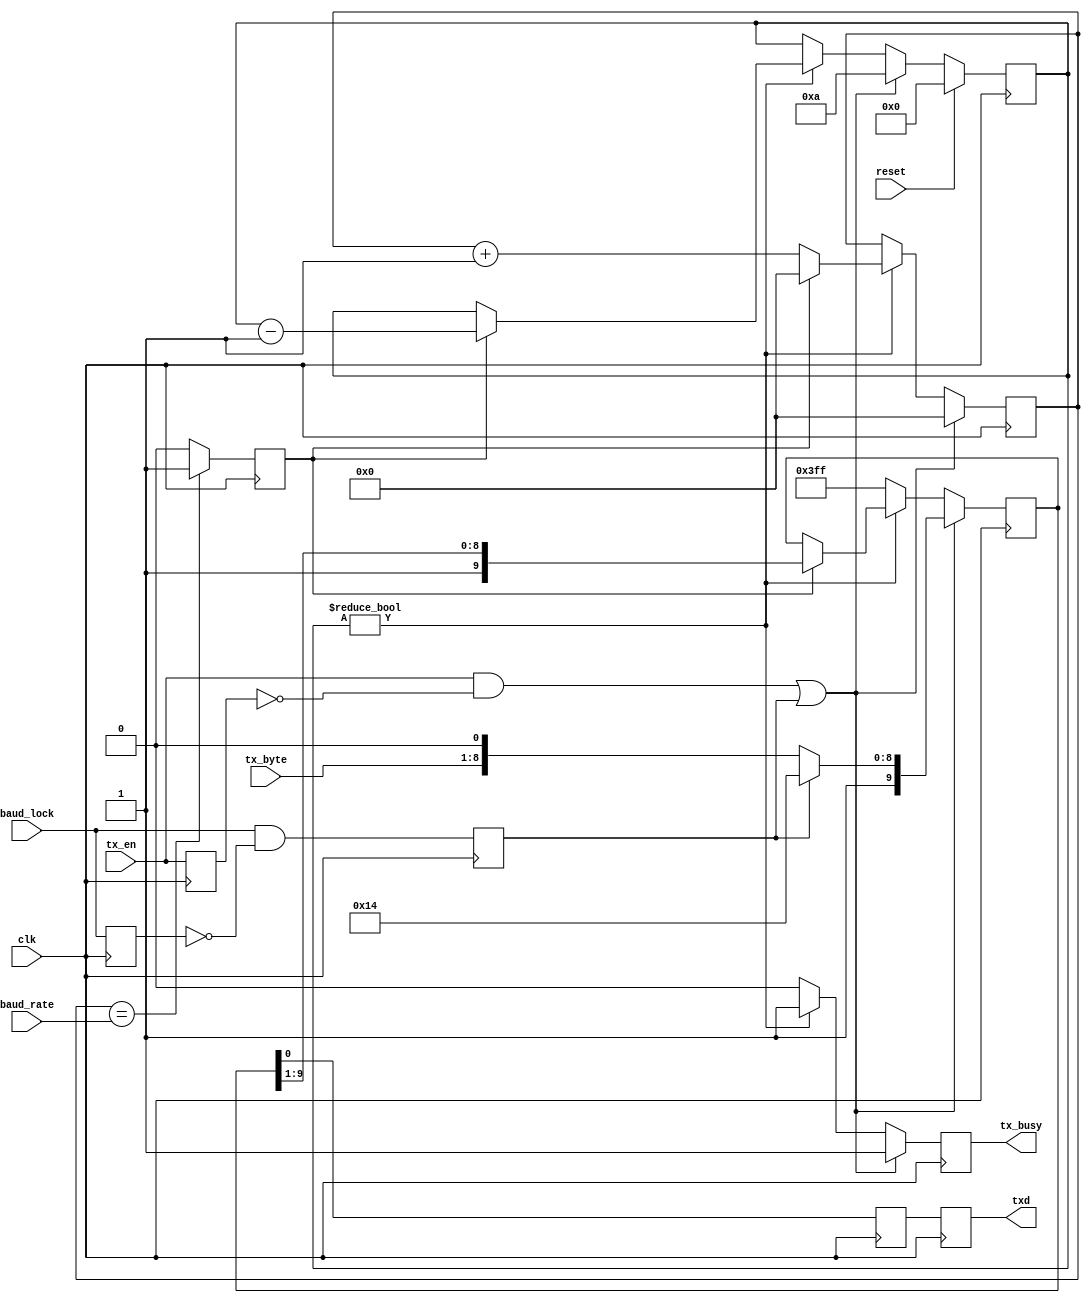
/* ****************************************************************************
-- (C) Copyright 2015 Black Mesa Labs
-- Source file: mesa_tx_uart.v                
-- Date:        June 1, 2015   
-- Author:      khubbard
-- Description: TX only 1/2 of UART for transmitting Wo bytes.
-- Language:    Verilog-2001 
--
-- RXD    \START/<D0><D1><D2><..><D7>/STOP
-- Design Statistics after Packing
-- en_clr_lock = 1;
--    Number of LUTs  : 190 / 384
--    Number of DFFs  : 110 / 384
--
-- Revision History:
-- Ver#  When      Who      What
-- ----  --------  -------- ---------------------------------------------------
-- 0.1   06.01.15  khubbard Creation
-- ***************************************************************************/
//`default_nettype none // Strictly enforce all nets to be declared
                                                                                
module mesa_tx_uart
(
  input  wire         reset,
  input  wire         clk,
  input  wire [7:0]   tx_byte,
  input  wire         tx_en,
  output reg          tx_busy,
  output reg          txd,
  input  wire         baud_lock,
  input  wire [15:0]  baud_rate
); // module mesa_tx_uart


  reg  [15:0]   tx_cnt_16b;
  reg  [3:0]    tx_bit_cnt;
  reg  [9:0]    tx_sr;
  reg           txd_loc;
  reg           tx_shift;
  reg           tx_now;
  reg           tx_en_p1;
  reg           baud_lock_p1;
  reg           send_lf;


//-----------------------------------------------------------------------------
// TX : Load 8bits into 10bit SR and shift out at the RX baud rate    
//-----------------------------------------------------------------------------
always @ ( posedge clk ) begin : proc_tx 
 begin
  tx_shift     <= 0;
  tx_busy      <= 0;
  txd          <= txd_loc;
  txd_loc      <= tx_sr[0];
  tx_now       <= 0;
  tx_en_p1     <= tx_en;
  baud_lock_p1 <= baud_lock;   
  send_lf      <= baud_lock & ~ baud_lock_p1;

  // Load a new Byte to send
  if ( ( tx_en == 1 && tx_en_p1 == 0 ) || ( send_lf == 1 )  ) begin
    tx_bit_cnt <= 4'd10;
    tx_cnt_16b <= 16'h0000;
    tx_busy    <= 1;
    tx_shift   <= 1;
    tx_sr[9:0] <= { 1'b1, tx_byte[7:0], 1'b0 };
    if ( send_lf == 1 ) begin
      tx_sr[9:0] <= { 1'b1, 8'h0A , 1'b0 };// Used for autobauding next node
    end 

  // Shift and send the byte until bit_cnt goes to 0
  end else if ( tx_bit_cnt != 4'd0 ) begin
    tx_cnt_16b <= tx_cnt_16b + 1;
    tx_busy    <= 1;
    if ( tx_now == 1 ) begin
      tx_shift   <= 1;
      tx_bit_cnt <= tx_bit_cnt[3:0] - 1;
      tx_cnt_16b <= 16'h0000;
      tx_sr[9:0] <= { 1'b1, tx_sr[9:1] };
    end
  end else begin
    tx_sr <= 10'H3FF;
  end

  if ( tx_cnt_16b[15:0] == baud_rate[15:0] ) begin
    tx_now <= 1;
  end

  if ( reset == 1 ) begin
    tx_bit_cnt <= 4'd0;
  end

 end
end // proc_tx


endmodule // mesa_tx_uart